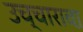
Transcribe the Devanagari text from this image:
उच्चारावा़